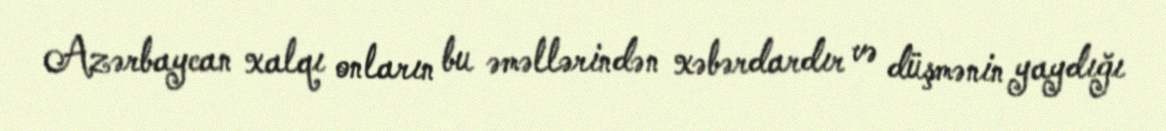
Azərbaycan xalqı onların bu əməllərindən xəbərdardır və düşmənin yaydığı